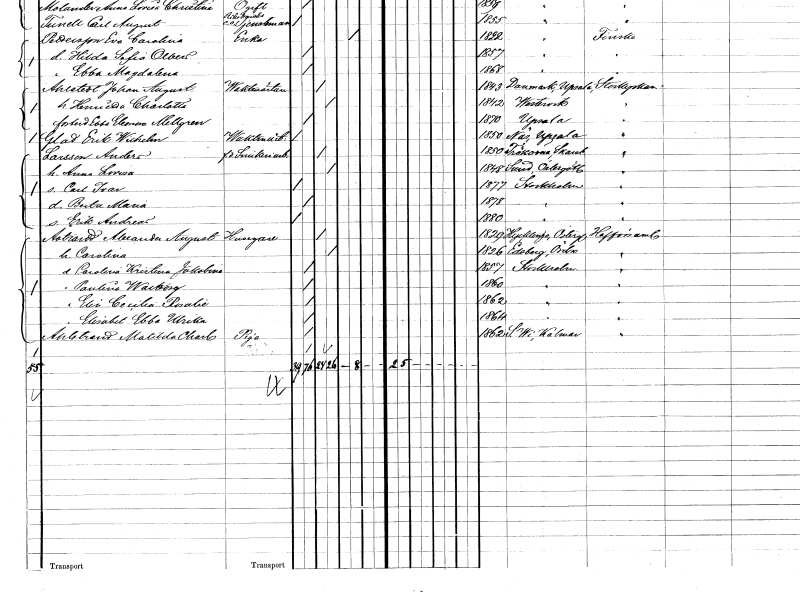
gt_parse: households: individuals: FN: Anders
EN: Larsson
YRKE: Snickeriarbetare f.d.
KON: M
CIV: G
FODAR: 1850
FODFORS: Trökörna Skaraborgs län
FN: Anna Lovisa
KON: K
CIV: G
FODAR: 1848
FODFORS: Sund Östergötlands län
FN: Carl Ivar
KON: M
CIV: O
FODAR: 1877
FODFORS: Stockholm
FN: Berta Maria
KON: K
CIV: O
FODAR: 1878
FODFORS: Stockholm
FN: Erik Andreas
KON: M
CIV: O
FODAR: 1880
FODFORS: Stockholm
FN: Alexander August
EN: Åstrand
YRKE: Husägare
KON: M
CIV: G
FODAR: 1829
FODFORS: Hycklinge Östergötlands län
FN: Carolina
KON: K
CIV: G
FODAR: 1826
FODFORS: Edsberg Örebro län
FN: Carolina Kristina Jakobina
KON: K
CIV: O
FODAR: 1857
FODFORS: Stockholm
FN: Paulina Walborg
KON: K
CIV: O
FODAR: 1860
FODFORS: Stockholm
FN: Elin Cecilia Rosalie
KON: K
CIV: O
FODAR: 1862
FODFORS: Stockholm
FN: Elisabet Ebba Ulrika
KON: K
CIV: O
FODAR: 1864
FODFORS: Stockholm
FN: Matilda Charlotta
EN: Åhlstrand
YRKE: Piga
KON: K
CIV: O
FODAR: 1862
FODFORS: Södra Vi Kalmar län